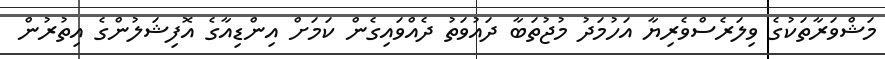
މަޝްވަރާތަކުގެ ވިލަރެސްވެރިޔާ އަހުމަދު މުޖުތަބާ ދައުވަތު ދެއްވައިގެން ކަމަށް އިންޑިއާގެ އޮފިޝަލުންގެ އިތުރުން